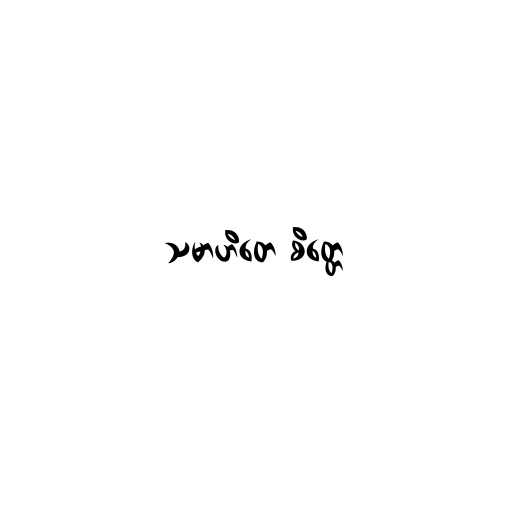
သမာဟိတေ စိတ္တေ